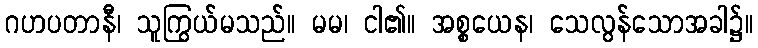
ဂဟပတာနီ၊ သူကြွယ်မသည်။ မမ၊ ငါ၏။ အစ္စယေန၊ သေလွန်သောအခါ၌။